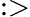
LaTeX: :>